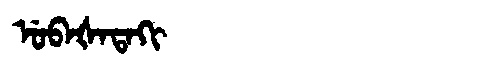
Manchu: ᡠᠪᠠᡧᠠᡨᠠᡴᡳ
Romanization: UBAŠATAKI